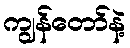
ကျွန်တော်နဲ့